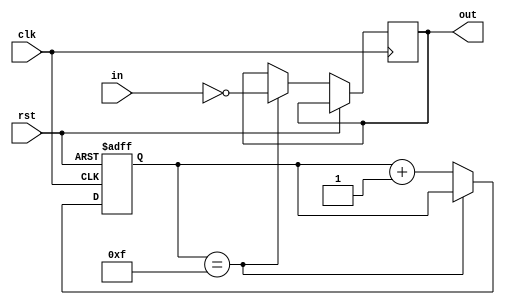
module inverter_delay (
    input wire clk,
    input wire rst,
    input wire in,
    output reg out
);

reg [3:0] delay_counter;
reg [3:0] sync_counter;
reg delay_done;

always @ (posedge clk or posedge rst) begin
    if (rst) begin
        delay_counter <= 4'b0000;
        sync_counter <= 4'b0000;
        delay_done <= 1'b0;
    end else begin
        if (delay_counter == 4'b1111) begin
            delay_done <= 1'b1;
        end else begin
            delay_counter <= delay_counter + 1;
        end
        
        if (sync_counter == 4'b1111) begin
            out <= !in;
        end else begin
            sync_counter <= sync_counter + 1;
        end
    end
end

endmodule